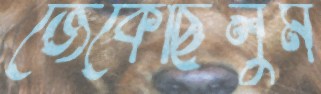
জেঁকেছিলুম